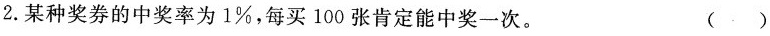
2.某种奖券的中奖率为1\%，每买100张肯定能中奖一次。 ()